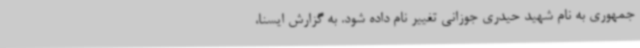
جمهوری به نام شهید حیدری جوزانی تغییر نام داده شود. به گزارش ایسنا،